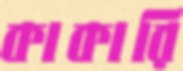
কাকারি